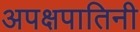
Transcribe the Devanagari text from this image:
अपक्षपातिनी